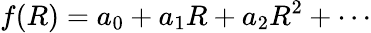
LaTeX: f(R)=a_{0}+a_{1}R+a_{2}R^{2}+\cdots